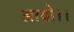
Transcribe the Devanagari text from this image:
आयो।।